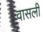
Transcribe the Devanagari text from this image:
वासली